Report on the bubonic plague in Bombay, 1896-1897
Year: 1896
Disease focus: Plague
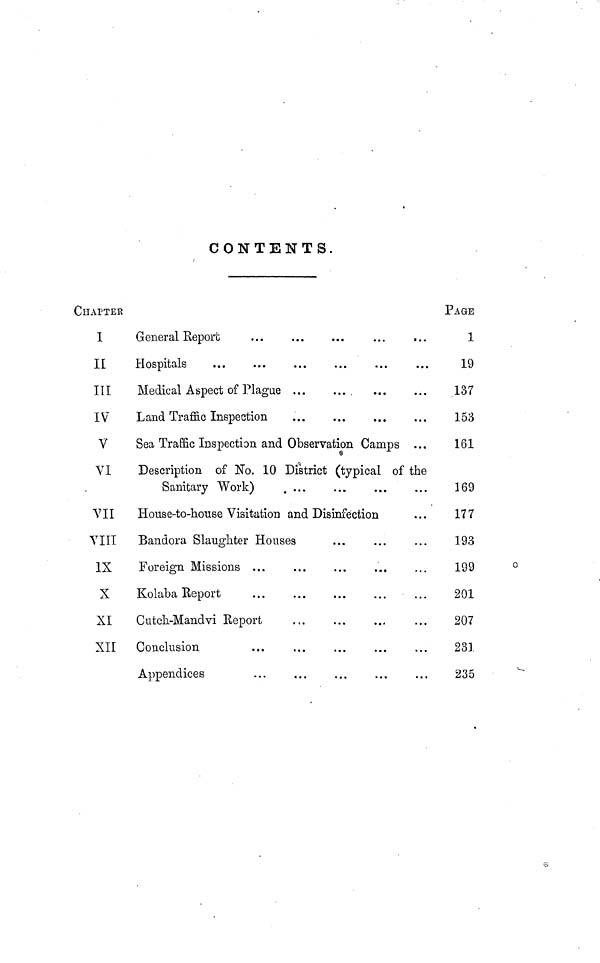
CONTENTS.
CHAPTER
I
General Report ... ... ... ... ...
II
Hospitals
...
...
...
...
...
...
III
Medical Aspect of Plague
...
...
...
...
IV
Land Traffic Inspection
...
...
...
...
V
Sea Traffic Inspection and Observation Camps ...
VI
Description of No. 10 District (typical of the
Sanitary Work)
...
...
...
...
VII
House-to-house Visitation and Disinfection ...
VIII
Bandora Slaughter Houses ... ... ...
IX
Foreign Missions ... ... ... ... ...
X
Kolaba Report
...
...
...
...
...
XI
Cutch-Mandvi Report
...
...
...
...
XII
Conclusion
...
...
...
...
...
Appendices ... ... ... ... ...
PAGE
1
19
137
153
161
169
177
193
199
201
207
231
235